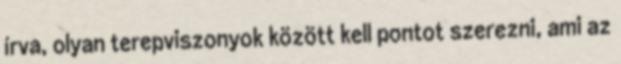
írva, olyan terepviszonyok között kell pontot szerezni, ami az